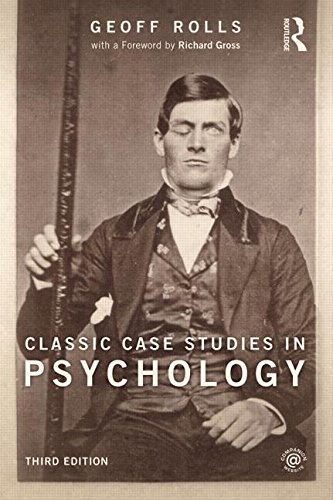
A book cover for Classic Case Studies in Psychology: Third edition; Geoff Rolls; Medical Books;